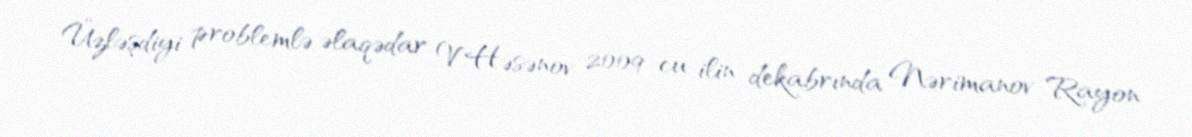
Üzləşdiyi problemlə əlaqədar V.Həsənov 2009-cu ilin dekabrında Nərimanov Rayon